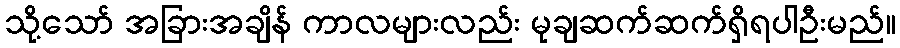
သို့သော် အခြားအချိန် ကာလများလည်း မုချဆက်ဆက်ရှိရပါဦးမည်။